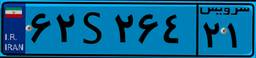
۶۲S۲۶۴۲۱